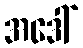
အဒေါ်